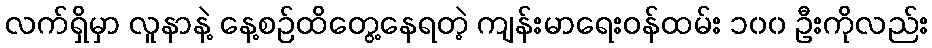
လက်ရှိမှာ လူနာနဲ့ နေ့စဉ်ထိတွေ့နေရတဲ့ ကျန်းမာရေးဝန်ထမ်း ၁၀၀ ဦးကိုလည်း